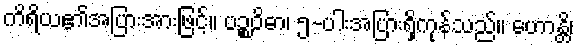
ကိရိယ၏အပြားအားဖြင့်။ ပဉ္စဝိဓာ၊ ၅-ပါးအပြားရှိကုန်သည်။ ဟောန္တိ၊